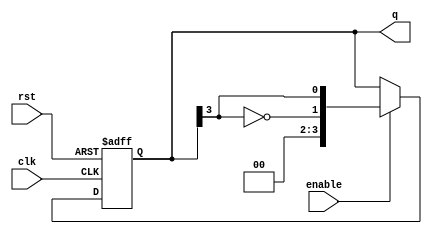
module johnson_counter (
    input wire clk,           // Clock signal
    input wire rst,           // Asynchronous reset
    input wire enable,        // Enable signal
    output reg [N-1:0] q      // Counter output
);
    parameter N = 4;          // Number of flip-flops (adjust as needed)

    always @(posedge clk or posedge rst) begin
        if (rst) begin
            q <= 0;          // Reset output to 0
        end else if (enable) begin
            // Johnson Counter logic
            q <= {~q[N-1], q[N-1:N-1]}; // Shift right and invert last output for first FF
        end
    end
endmodule